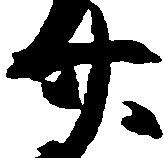
廿